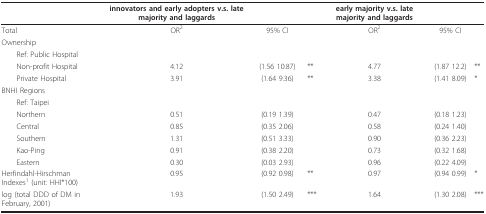
<table><thead><tr><td></td><td><b>innovators and early adopters v.s. late majority and laggards</b></td><td></td><td></td><td><b>early majority v.s. late majority and laggards</b></td><td></td><td></td></tr></thead><tbody><tr><td>Total</td><td>OR<sup>2</sup></td><td>95% CI</td><td></td><td>OR<sup>2</sup></td><td>95% CI</td><td></td></tr><tr><td>Ownership</td><td></td><td></td><td></td><td></td><td></td><td></td></tr><tr><td> Ref: Public Hospital</td><td></td><td></td><td></td><td></td><td></td><td></td></tr><tr><td> Non-profit Hospital</td><td>4.12</td><td>(1.56 10.87)</td><td>**</td><td>4.77</td><td>(1.87 12.2)</td><td>**</td></tr><tr><td> Private Hospital</td><td>3.91</td><td>(1.64 9.36)</td><td>**</td><td>3.38</td><td>(1.41 8.09)</td><td>*</td></tr><tr><td>BNHI Regions</td><td></td><td></td><td></td><td></td><td></td><td></td></tr><tr><td> Ref: Taipei</td><td></td><td></td><td></td><td></td><td></td><td></td></tr><tr><td> Northern</td><td>0.51</td><td>(0.19 1.39)</td><td></td><td>0.47</td><td>(0.18 1.23)</td><td></td></tr><tr><td> Central</td><td>0.85</td><td>(0.35 2.06)</td><td></td><td>0.58</td><td>(0.24 1.40)</td><td></td></tr><tr><td> Southern</td><td>1.31</td><td>(0.51 3.33)</td><td></td><td>0.90</td><td>(0.36 2.23)</td><td></td></tr><tr><td> Kao-Ping</td><td>0.91</td><td>(0.38 2.20)</td><td></td><td>0.73</td><td>(0.32 1.68)</td><td></td></tr><tr><td> Eastern</td><td>0.30</td><td>(0.03 2.93)</td><td></td><td>0.96</td><td>(0.22 4.09)</td><td></td></tr><tr><td>Herfindahl-Hirschman Indexes<sup>1 </sup>(unit: HHI*100)</td><td>0.95</td><td>(0.92 0.98)</td><td>**</td><td>0.97</td><td>(0.94 0.99)</td><td>*</td></tr><tr><td>log (total DDD of DM in February, 2001)</td><td>1.93</td><td>(1.50 2.49)</td><td>***</td><td>1.64</td><td>(1.30 2.08)</td><td>***</td></tr></tbody></table>